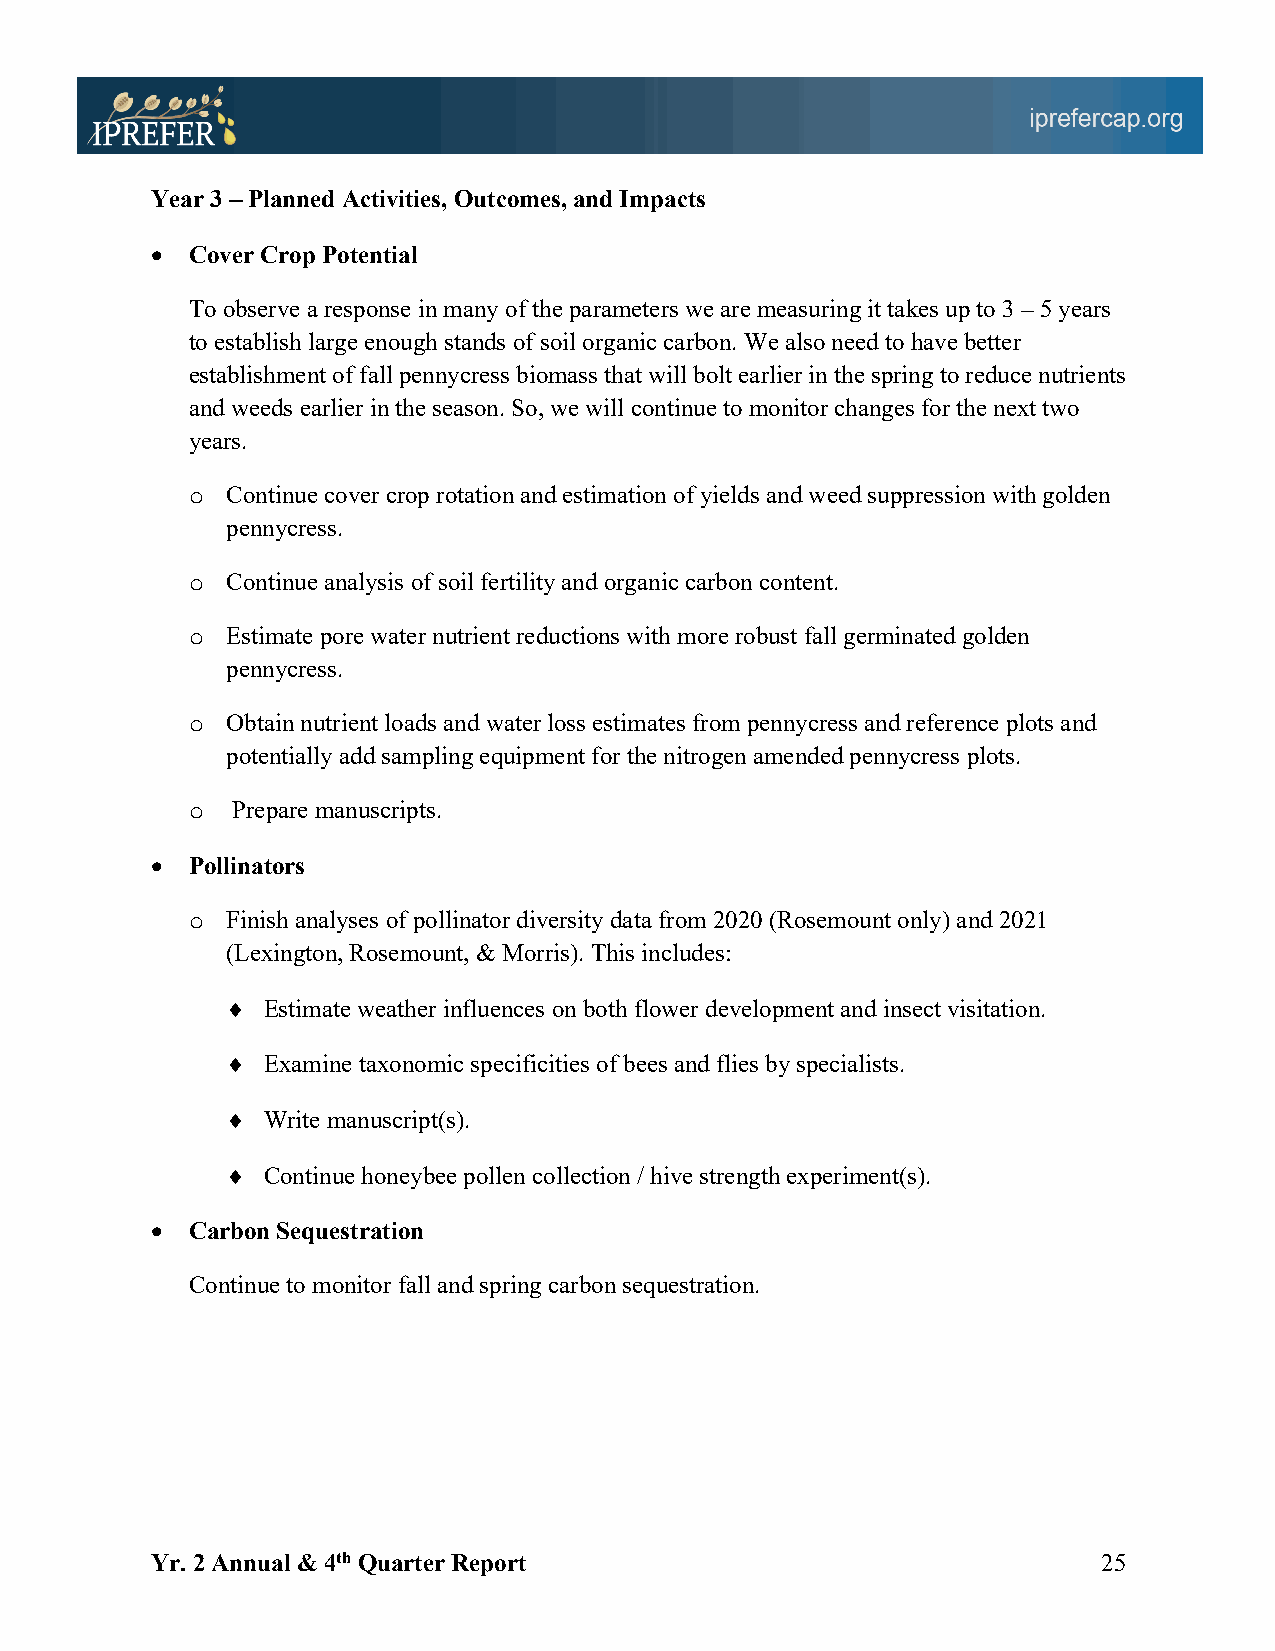
Year 3 – Planned Activities, Outcomes, and Impacts
 • Cover Crop Potential
 To observe a response in many of the parameters we are measuring it takes up to 3 – 5 years
 to establish large enough stands of soil organic carbon. We also need to have better
 establishment of fall pennycress biomass that will bolt earlier in the spring to reduce nutrients
 and weeds earlier in the season. So, we will continue to monitor changes for the next two
 years.
 o  Continue cover crop rotation and estimation of yields and weed suppression with golden
 pennycress.
 o  Continue analysis of soil fertility and organic carbon content.
 o  Estimate pore water nutrient reductions with more robust fall germinated golden
 pennycress.
 o  Obtain nutrient loads and water loss estimates from pennycress and reference plots and
 potentially add sampling equipment for the nitrogen amended pennycress plots.
 o  Prepare manuscripts.
 • Pollinators
 o  Finish analyses of pollinator diversity data from 2020 (Rosemount only) and 2021
 (Lexington, Rosemount, & Morris). This includes:
 ¨ Estimate weather influences on both flower development and insect visitation.
 ¨ Examine taxonomic specificities of bees and flies by specialists.
 ¨ Write manuscript(s).
 ¨ Continue honeybee pollen collection / hive strength experiment(s).
 • Carbon Sequestration
 Continue to monitor fall and spring carbon sequestration.
 Yr. 2 Annual & 4th Quarter Report                              25